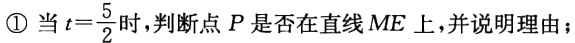
\textcircled{1}当\(t = \frac{5}{2}\)时，判断点\(P\)是否在直线\(ME\)上，并说明理由；